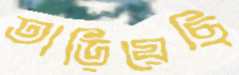
তাড়িয়েছি